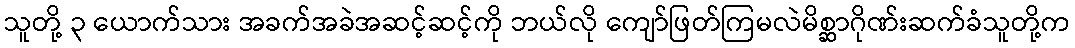
သူတို့ ၃ ယောက်သား အခက်အခဲအဆင့်ဆင့်ကို ဘယ်လို ကျော်ဖြတ်ကြမလဲမိစ္ဆာဂိုဏ်းဆက်ခံသူတို့က